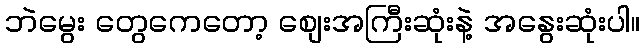
ဘဲမွေး တွေကေတော့ စျေးအကြီးဆုံးနဲ့ အနွေးဆုံးပါ။